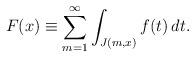
LaTeX: \begin{align*}F(x) \equiv \sum_{m=1}^\infty \int_{J(m,x)} f(t)\,dt.\end{align*}